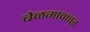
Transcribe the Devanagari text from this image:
बेळगावावर